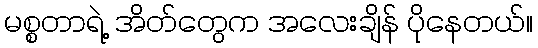
မစ္စတာရဲ့ အိတ်တွေက အလေးချိန် ပိုနေတယ်။